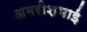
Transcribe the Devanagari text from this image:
अमरीशभाई